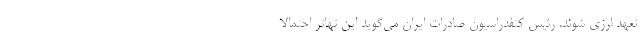
تعهد ارزی شوند. رئیس کنفدراسیون صادرات ایران می‌گوید این تهاتر احتمالا